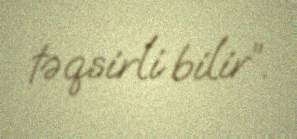
təqsirli bilir”.